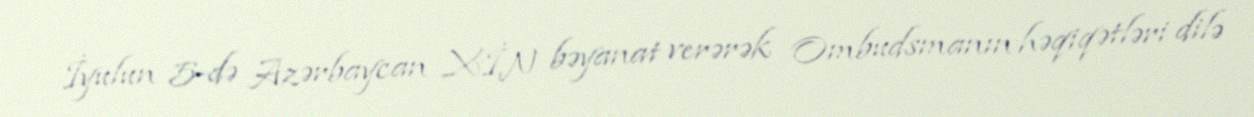
İyulun 5-də Azərbaycan XİN bəyanat verərək Ombudsmanın həqiqətləri dilə